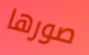
صورها